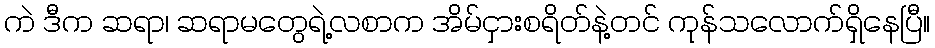
ကဲ ဒီက ဆရာ၊ ဆရာမတွေရဲ့လစာက အိမ်ငှားစရိတ်နဲ့တင် ကုန်သလောက်ရှိနေပြီ။